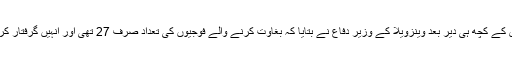
تاہم اس کے کچھ ہی دیر بعد وینزویلا کے وزیر دفاع نے بتایا کہ بغاوت کرنے والے فوجیوں کی تعداد صرف 27 تھی اور انہیں گرفتار کرلیا گیا۔